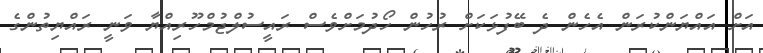
އަށް އައްޔަންކުރަން އެހެން ދެ ބޭފުޅަކަށް ރުހުން ހޯދުމަށްވެސް ރައީސުލްޖުމްހޫރިއްޔާ ވަނީ ރައްޔިތުންގެ